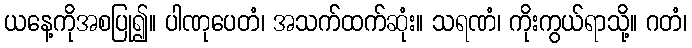
ယနေ့ကိုအစပြု၍။ ပါဏုပေတံ၊ အသက်ထက်ဆုံး။ သရဏံ၊ ကိုးကွယ်ရာသို့။ ဂတံ၊